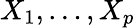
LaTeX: X_{1},\ldots,X_{p}